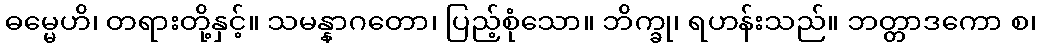
ဓမ္မေဟိ၊ တရားတို့နှင့်။ သမန္နာဂတော၊ ပြည့်စုံသော။ ဘိက္ခု၊ ရဟန်းသည်။ ဘတ္တာဒကော စ၊